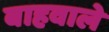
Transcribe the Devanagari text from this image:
बाहवाले